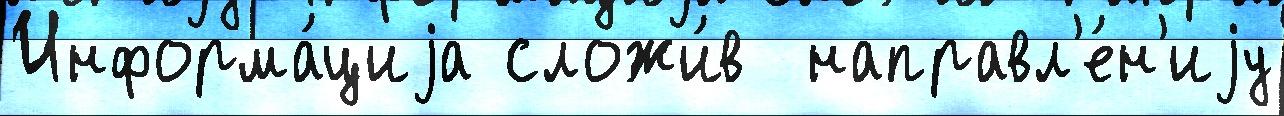
Информа́циjа сложи́в  направл'е́н'иjу